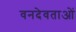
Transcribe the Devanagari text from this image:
वनदेवताओं